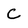
Character: C